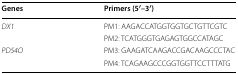
<table><thead><tr><td><b>Genes</b></td><td><b>Primers (5′–3′)</b></td></tr></thead><tbody><tr><td rowspan="2"><i>DX1</i></td><td>PM1: AAGACCATGGTGGTGCTGTTCGTC</td></tr><tr><td>PM2: TCATGGGTGAGAGTGGCCATAGC</td></tr><tr><td rowspan="2"><i>PD54O</i></td><td>PM3: GAAGATCAAGACCGACAAGCCCTAC</td></tr><tr><td>PM4: TCAGAAGCCCGGTGGTTCCTTTATG</td></tr></tbody></table>